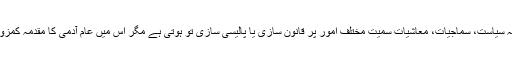
کیا وجہ ہے کہ سیاست، سماجیات، معاشیات سمیت مختلف امور پر قانون سازی یا پالیسی سازی تو ہوتی ہے مگر اس میں عام آدمی کا مقدمہ کمزور نظر آتا ہے۔